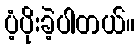
ပံ့ပိုးခဲ့ပါတယ်။